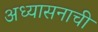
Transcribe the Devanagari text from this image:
अध्यासनाची